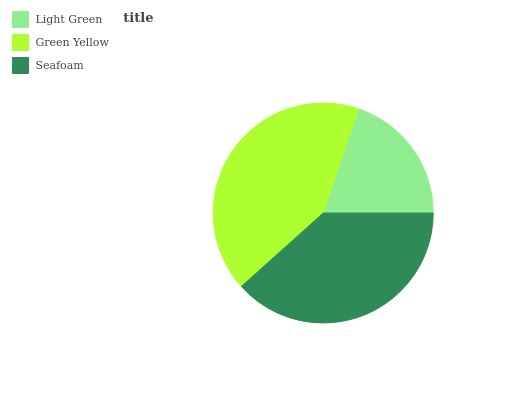
| Light Green | Green Yellow | Seafoam |
 | --- | --- | --- |
 | 19.7% | 41.9% | 38.4% |